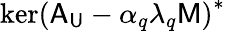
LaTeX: \mathrm{ker}\left(\mathsf{A}_{\mathsf{U}}-\alpha_{q}\lambda_{q}\mathsf{M}\right)^{*}